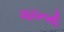
ગાયનથી